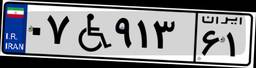
۰۷W۹۱۳۶۱